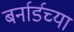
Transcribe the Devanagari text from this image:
बर्नार्डच्या